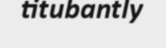
titubantly